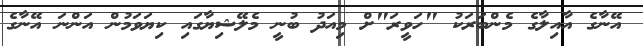
އޭނާގެ އާއިލާގެ މެންބަރަކު "ހަވީރަ"ށް މިއަދު ބުނީ މެލޭޝިޔާގައި ކިޔަވަމުން އަންނަ އޭނާގެ